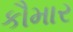
કૌમાર